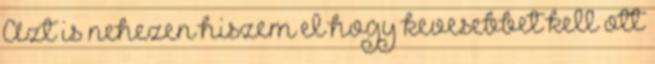
Azt is nehezen hiszem el hogy kevesebbet kell ott